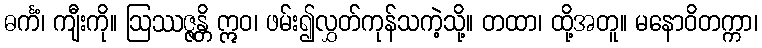
ဓင်္ကံ၊ ကျီးကို။ ဩဿဇ္ဇန္တိ ဣဝ၊ ဖမ်း၍လွှတ်ကုန်သကဲ့သို့။ တထာ၊ ထို့အတူ။ မနောဝိတက္ကာ၊